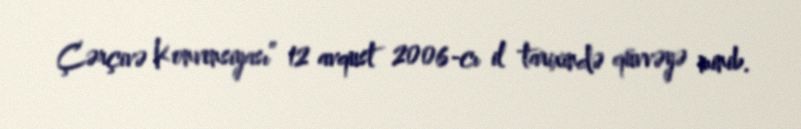
Çərçivə Konvensiyası” 12 avqust 2006-cı il tarixində qüvvəyə minib.